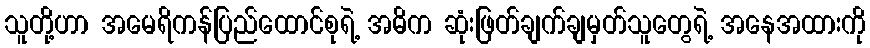
သူတို့ဟာ အမေရိကန်ပြည်ထောင်စုရဲ့ အဓိက ဆုံးဖြတ်ချက်ချမှတ်သူတွေရဲ့ အနေအထားကို